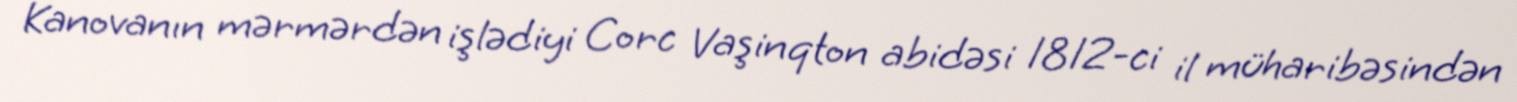
Kanovanın mərmərdən işlədiyi Corc Vaşinqton abidəsi 1812-ci il müharibəsindən